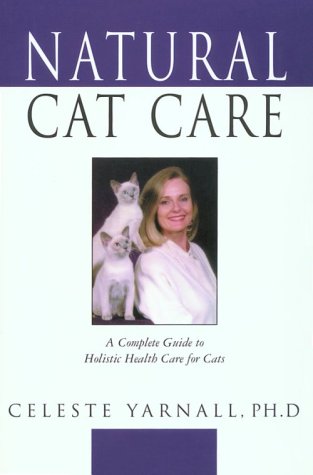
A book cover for Natural Cat Care; Celeste Yarnall Dr.; Medical Books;